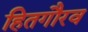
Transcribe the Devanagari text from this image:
हितगौरव